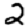
Digit: 2